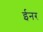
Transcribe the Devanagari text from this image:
ईनर